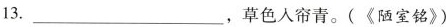
13.___，草色入帘青。(《陋室铭》)